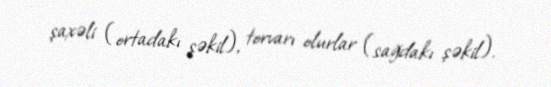
şaxəli (ortadakı şəkil), torvarı olurlar (sağdakı şəkil).